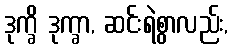
ဒုက္ခိ ဒုက္ခာ, ဆင်းရဲစွာလည်း,